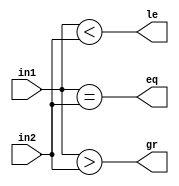
`timescale 1ns / 1ps
//////////////////////////////////////////////////////////////////////////////////
// Company: 
// 
// Design Name: 
// Module Name: Comp8bit
// Project Name: 
// Target Devices: 
// Tool Versions: 
// Description: 
// 
// Dependencies: 
// 
// Revision:
// Revision 0.01 - File Created
// Additional Comments:
// 
//////////////////////////////////////////////////////////////////////////////////


module Comp8bit(in1,in2,le,eq,gr);
input [7:0] in1,in2;
output le,eq,gr;

assign 
        le = in1 < in2,
        eq = in1 == in2,
        gr = in1 > in2;
endmodule